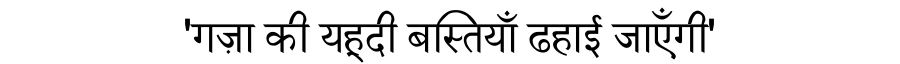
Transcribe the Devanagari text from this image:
'गज़ा की यहूदी बस्तियाँ ढहाई जाएँगी'